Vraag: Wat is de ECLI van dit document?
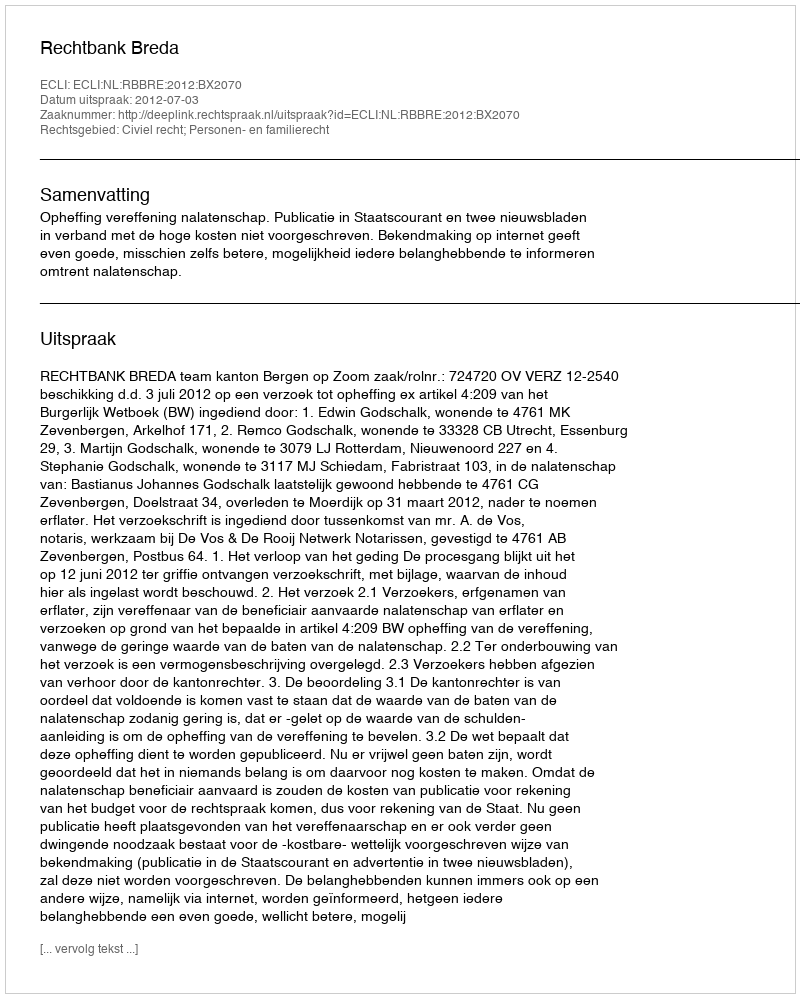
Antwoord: ECLI:NL:RBBRE:2012:BX2070